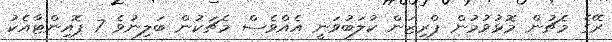
ރޭގެ މެޗުން މޮޅުވުމުން ޕްރިޒަން ކުލަބުވަނީ އެއްވެސް މެޗަކުން ބަލިނުވެ 7 ޕޮއިންޓާއެކު